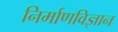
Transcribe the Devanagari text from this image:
निर्माणविज्ञान